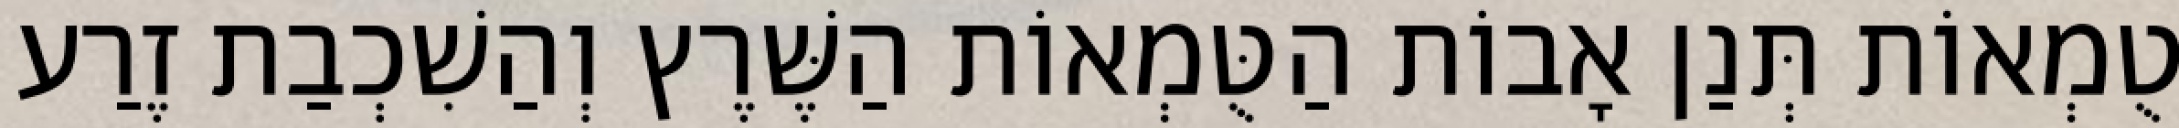
טֻמְאוֹת תְּנַן אָבוֹת הַטֻּמְאוֹת הַשֶּׁרֶץ וְהַשִׁכְבַת זֶרַע